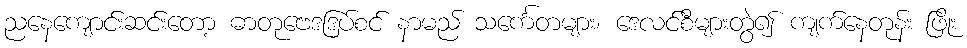
ညနေကျောင်းဆင်းတော့ ဓာတုဗေဒဒြပ်စင် နာမည် သင်္ကေတများ၊ ဒေလင်စီများတွဲ၍ ကျက်နေတုန်း ဖြိုး